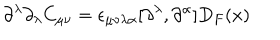
LaTeX: \partial ^ { \lambda } \partial _ { \lambda } C _ { \mu \nu } = \epsilon _ { \mu \nu \lambda \alpha } [ \partial ^ { \lambda } , \partial ^ { \alpha } ] D _ { F } ( x )